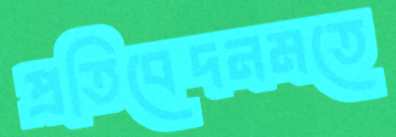
প্রতিবেদনমতে